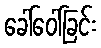
ခေါ်ဝေါ်ခြင်း